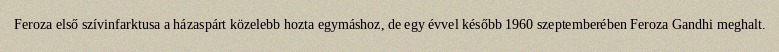
Feroza első szívinfarktusa a házaspárt közelebb hozta egymáshoz, de egy évvel később 1960 szeptemberében Feroza Gandhi meghalt.